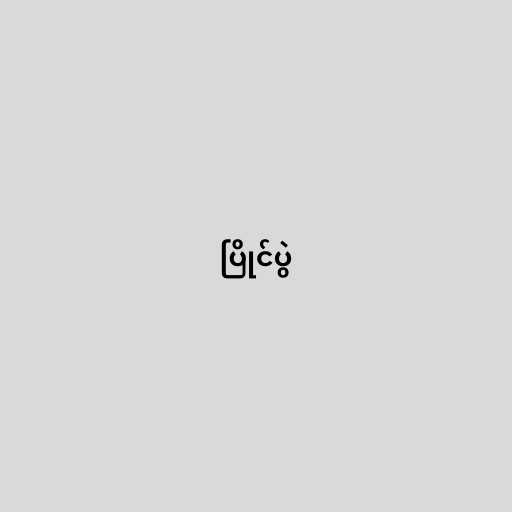
ပြိုင်ပွဲ